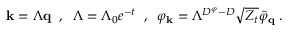
{ \bf { k } } = \Lambda { \bf { q } } \; \; , \; \; \Lambda = \Lambda _ { 0 } e ^ { - t } \; \; , \; \; \varphi _ { \bf { k } } = \Lambda ^ { D ^ { \varphi } - D } \sqrt { Z _ { t } } \tilde { \varphi } _ { \bf { q } } \; .